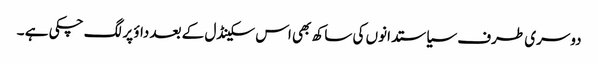
دوسری طرف سیاستدانوں کی ساکھ بھی اس سکینڈل کے بعد داؤ پر لگ چکی ہے ۔